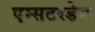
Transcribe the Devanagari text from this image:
एम्सटरडेम